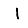
Digit: 1